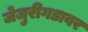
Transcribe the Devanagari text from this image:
जेजुरीगडावर